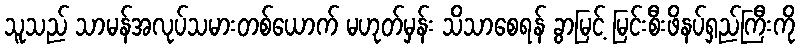
သူသည် သာမန်အလုပ်သမားတစ်ယောက် မဟုတ်မှန်း သိသာစေရန် ခွာမြင့် မြင်းစီးဖိနပ်ရှည်ကြီးကို